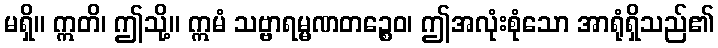
မရှိ။ ဣတိ၊ ဤသို့။ ဣမံ သဗ္ဗာရမ္မဏတဉ္စေဝ၊ ဤအလုံးစုံသော အာရုံရှိသည်၏